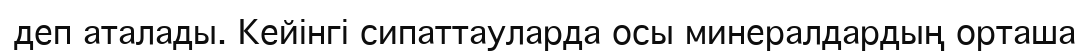
деп аталады. Кейінгі сипаттауларда осы минералдардың орташа